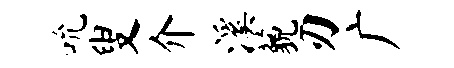
吮叟介溪藐刃广